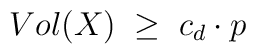
Vol(X)\;\geq\;c_{d}\cdot p